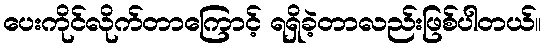
ပေးကိုင်လိုက်တာကြောင့် ရရှိခဲ့တာလည်းဖြစ်ပါတယ်။